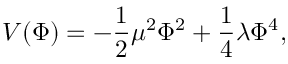
V ( \Phi ) = - \frac { 1 } { 2 } \mu ^ { 2 } \Phi ^ { 2 } + \frac { 1 } { 4 } \lambda \Phi ^ { 4 } ,